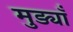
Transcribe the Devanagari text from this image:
मुड्याँ